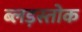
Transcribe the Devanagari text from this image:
ब्लड़स्तोक